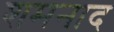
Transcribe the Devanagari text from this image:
शमनाद